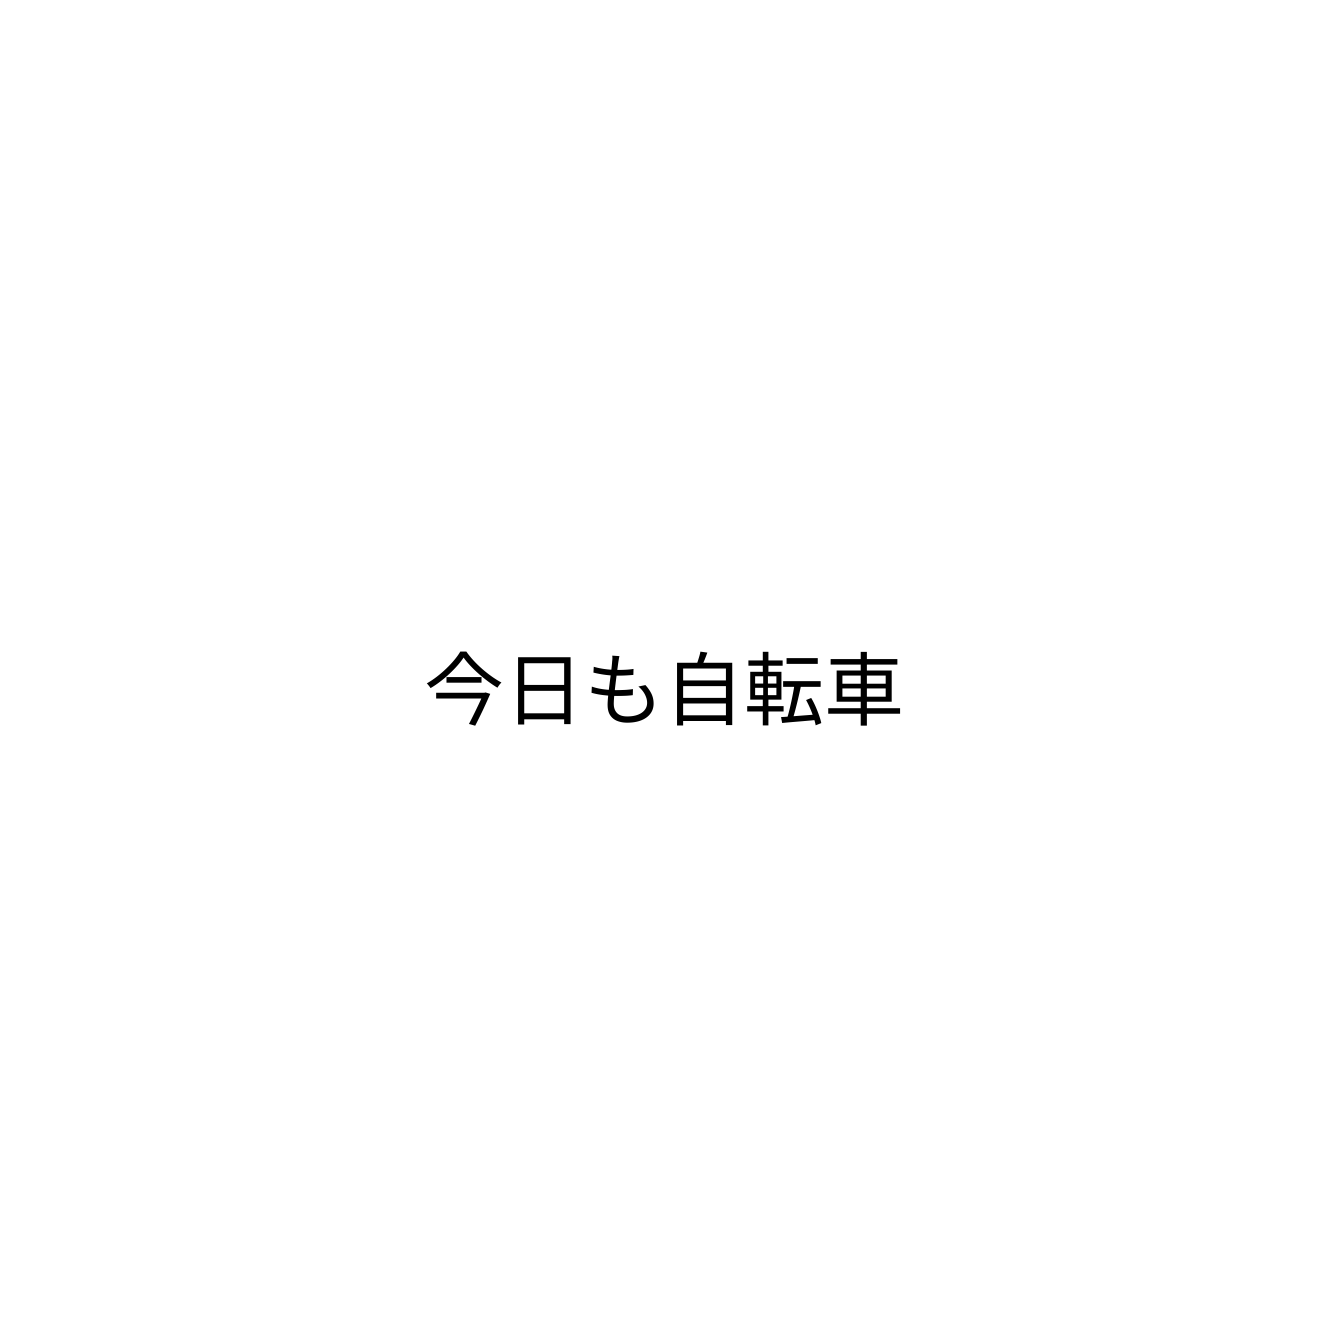
今日も自転車